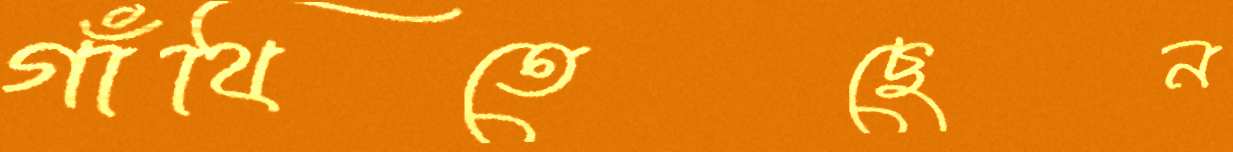
গাঁথিতেছেন